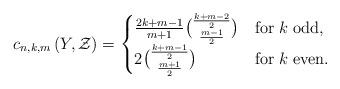
LaTeX: \begin{align*}c_{n,k,m}\left(Y,\mathcal{Z}\right)=\begin{cases}\frac{2k+m-1}{m+1}{\frac{k+m-2}{2} \choose \frac{m-1}{2}} & {\rm for\;}k\;{\rm odd},\\2{\frac{k+m-1}{2} \choose \frac{m+1}{2}} & {\rm for\;}k\;{\rm even.}\end{cases}\end{align*}